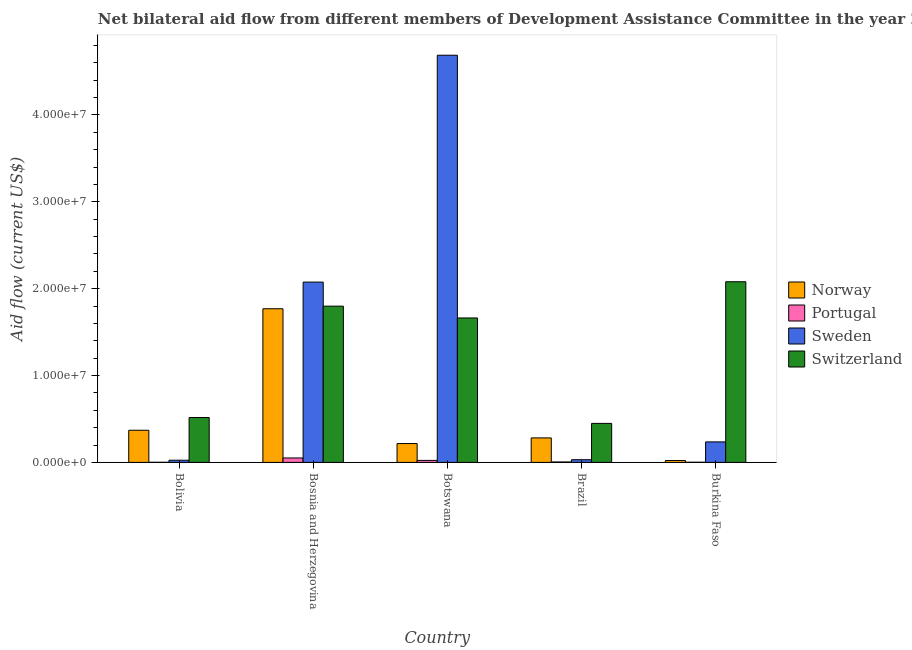
| Country | Norway | Portugal | Sweden | Switzerland |
 | --- | --- | --- | --- | --- |
 | Bolivia | 3.7e+06 | 1e+04 | 2.5e+05 | 5.17e+06 |
 | Bosnia and Herzegovina | 1.77e+07 | 5.1e+05 | 2.08e+07 | 1.8e+07 |
 | Botswana | 2.17e+06 | 2.3e+05 | 4.69e+07 | 1.66e+07 |
 | Brazil | 2.82e+06 | 5e+04 | 3.1e+05 | 4.49e+06 |
 | Burkina Faso | 2.2e+05 | 2e+04 | 2.36e+06 | 2.08e+07 |